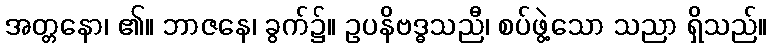
အတ္တနော၊ ၏။ ဘာဇနေ၊ ခွက်၌။ ဥပနိဗဒ္ဓသညီ၊ စပ်ဖွဲ့သော သညာ ရှိသည်။